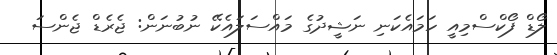
ލޯޑް ފޯކްސްމިއީ ހަމައެކަނި ނަޝީދުގެ މައްސަލައެކޭ ނުބުނަން: ޖެރެޑް ޖެންސަ